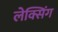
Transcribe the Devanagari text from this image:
लेक्सिंग